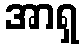
အာရှ